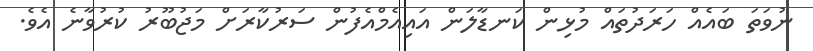
ނުވަތަ ބައެއް ހަރަދުތައް މުޅިން ކަނޑާލަން އައިއެމްއެފުން ސަރުކާރަށް މަޖުބޫރު ކުރުވާނެ އެވެ.